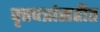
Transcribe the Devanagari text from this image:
वृत्तपत्रांसहीत